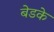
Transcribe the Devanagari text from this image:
बेडके